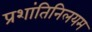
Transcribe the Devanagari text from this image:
प्रशांतिनिलयम